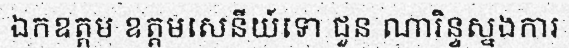
ឯកឧត្តម ឧត្តមសេនីយ៍ទោ ជួន ណារិន្ទស្នងការ